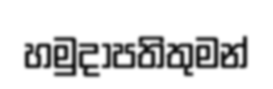
හමුදාපතිතුමන්